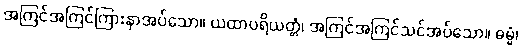
အကြင်အကြင်ကြားနာအပ်သော။ ယထာပရိယတ္တံ၊ အကြင်အကြင်သင်အပ်သော။ ဓမ္မံ၊